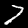
Digit: 7